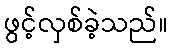
ဖွင့်လှစ်ခဲ့သည်။